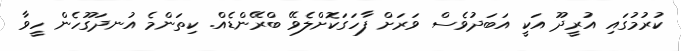
ކުރުމުގައި އުރީދޫ އަކީ އަބަދުވެސް ވަރަށް ފާހަގަކޮށްލެވޭ ބްރޭންޑެއް. ކިތަންމެ އުނދަގޫހެން ހީވާ